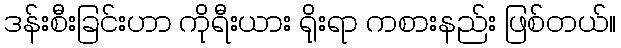
ဒန်းစီးခြင်းဟာ ကိုရီးယား ရိုးရာ ကစားနည်း ဖြစ်တယ်။